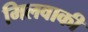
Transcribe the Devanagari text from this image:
मिलवाकी